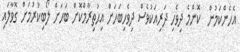
އެހެންކަމުން  ކޮންމެ ދިވެހި ދަރިއަކުވެސް ދިވެހިބަހަށް އިޙުތިރާމްކޮށް ބަހަށް ލޯބިކުރުމަށް ގޮވާލައި